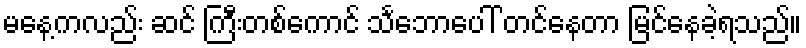
မနေ့ကလည်း ဆင် ကြီးတစ်ကောင် သင်္ဘောပေါ် တင်နေတာ မြင်နေခဲ့ရသည်။